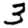
Digit: 3